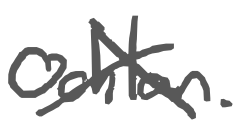
Text: Ochlan.
Cross-out: cross
Writing tool: digital_gray